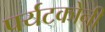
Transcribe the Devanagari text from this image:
पर्यटकोनी